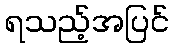
ရသည့်အပြင်